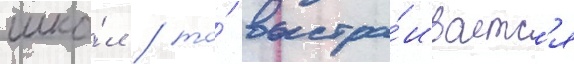
шко́л / то́ выстра́иваетс'я